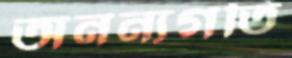
অনন্যগতি